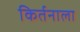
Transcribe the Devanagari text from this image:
किर्तनाला